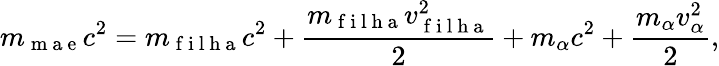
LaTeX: m_{\mathrm{~m~a~e~}}c^{2}=m_{\mathrm{~f~i~l~h~a~}}c^{2}+\frac{m_{\mathrm{~f~i~l~h~a~}}v_{\mathrm{~f~i~l~h~a~}}^{2}}{2}+m_{\alpha}c^{2}+\frac{m_{\alpha}v_{\alpha}^{2}}{2},